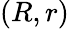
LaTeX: (R,r)